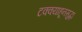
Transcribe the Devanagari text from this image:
टक्क्याहूनसुद्धा